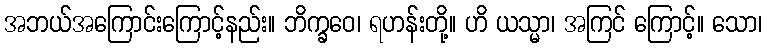
အဘယ်အကြောင်းကြောင့်နည်း။ ဘိက္ခဝေ၊ ရဟန်းတို့။ ဟိ ယသ္မာ၊ အကြင် ကြောင့်။ သော၊